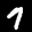
Label: 7